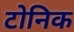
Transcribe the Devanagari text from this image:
टोनिक